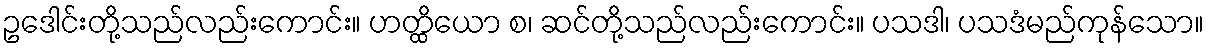
ဥဒေါင်းတို့သည်လည်းကောင်း။ ဟတ္ထိယော စ၊ ဆင်တို့သည်လည်းကောင်း။ ပသဒါ၊ ပသဒံမည်ကုန်သော။